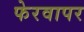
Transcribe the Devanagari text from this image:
फेरवापर